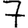
Digit: 7